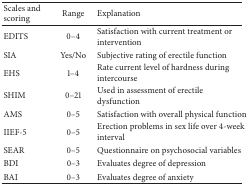
<table><thead><tr><td><b>Scales and scoring</b></td><td><b>Range</b></td><td><b>Explanation</b></td></tr></thead><tbody><tr><td>EDITS</td><td>0–4</td><td>Satisfaction with current treatment or intervention</td></tr><tr><td>SIA</td><td>Yes/No</td><td>Subjective rating of erectile function</td></tr><tr><td>EHS</td><td>1–4</td><td>Rate current level of hardness during intercourse</td></tr><tr><td>SHIM</td><td>0–21</td><td>Used in assessment of erectile dysfunction</td></tr><tr><td>AMS</td><td>0–5</td><td>Satisfaction with overall physical function</td></tr><tr><td>IIEF-5</td><td>0–5</td><td>Erection problems in sex life over 4-week interval</td></tr><tr><td>SEAR</td><td>0–5</td><td>Questionnaire on psychosocial variables</td></tr><tr><td>BDI</td><td>0–3</td><td>Evaluates degree of depression</td></tr><tr><td>BAI</td><td>0–3</td><td>Evaluates degree of anxiety</td></tr></tbody></table>